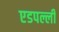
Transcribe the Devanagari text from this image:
एडपल्ली